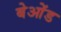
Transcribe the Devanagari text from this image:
बेओंड